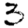
Digit: 3